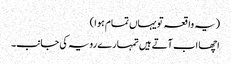
(یہ واقعہ تو یہاں تمام ہوا )
اچھا اب آتے ہیں تمہارے رویہ کی جانب۔